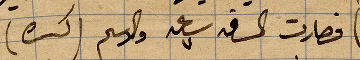
فصارت الساعة سبعة والاسم (كسب)